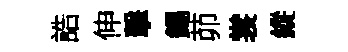
誥伸擊錫茆裳縱